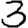
Digit: 3